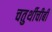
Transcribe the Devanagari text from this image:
चतुर्थीचीबी